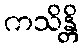
ကသိန္တိ